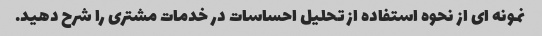
نمونه ای از نحوه استفاده از تحلیل احساسات در خدمات مشتری را شرح دهید.